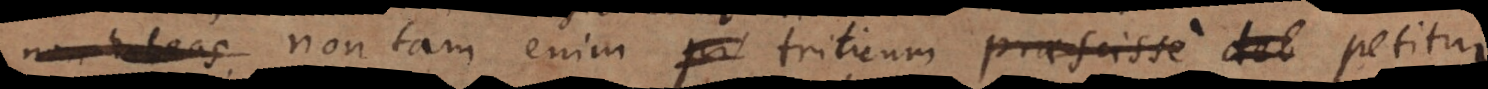
non habeas non tam enim triticum praescisse deb